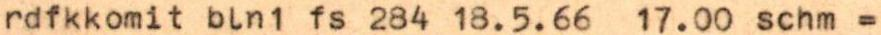
rdfkkomit bln1 fs 284 18.5.66 17.00 schm =